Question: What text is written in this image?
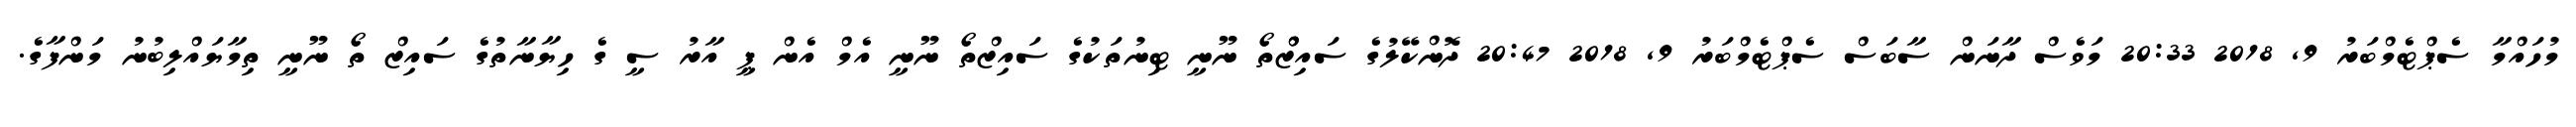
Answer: މުހައްމާ ސެޕްޓެމްބަރު 9, 2018 20:33 މަވެސް ދާނަން ސާބަސް ސެޕްޓެމްބަރު 9, 2018 20:47 ދޮންކޭލުގެ ސައިޒްްތޯ ނޫނީ ޓިނުތަކުގެ ސައިޒްތޯ ނޫނީ އެމް އެން ޕީ އާރު ސީ ގެ ހިޔާނާތުގެ ސައިޒް ތޯ ނޫނީ ތިމާޔައްލިބުނު މަންފާގެ.